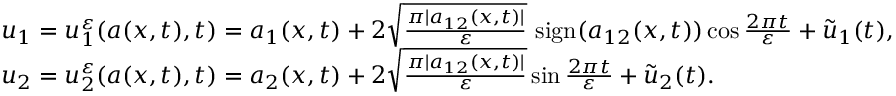
\begin{array} { r l } & { u _ { 1 } = u _ { 1 } ^ { \varepsilon } ( a ( x , t ) , t ) = a _ { 1 } ( x , t ) + 2 \sqrt { \frac { \pi | a _ { 1 2 } ( x , t ) | } { \varepsilon } } \ \mathrm { s i g n } ( a _ { 1 2 } ( x , t ) ) \cos { \frac { 2 \pi t } { \varepsilon } } + \tilde { u } _ { 1 } ( t ) , } \\ & { u _ { 2 } = u _ { 2 } ^ { \varepsilon } ( a ( x , t ) , t ) = a _ { 2 } ( x , t ) + 2 \sqrt { \frac { \pi | a _ { 1 2 } ( x , t ) | } { \varepsilon } } \sin { \frac { 2 \pi t } { \varepsilon } } + \tilde { u } _ { 2 } ( t ) . } \end{array}